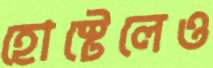
হোস্টেলেও